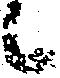
候